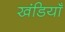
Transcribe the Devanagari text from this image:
खंडियाँ